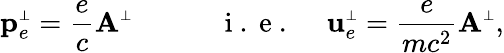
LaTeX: {\mathbf p}_{e}^{{\scriptscriptstyle\perp}}=\frac ec{\mathbf A}^{\scriptscriptstyle\perp}\qquad\quad\mathrm{~i~.~e~.~}\quad{\mathbf u}_{e}^{\scriptscriptstyle\perp}=\frac e{mc^{2}}{\mathbf A}^{\scriptscriptstyle\perp},